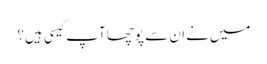
میں‌نے ان سے پوچھا آپ کیسی ہیں؟